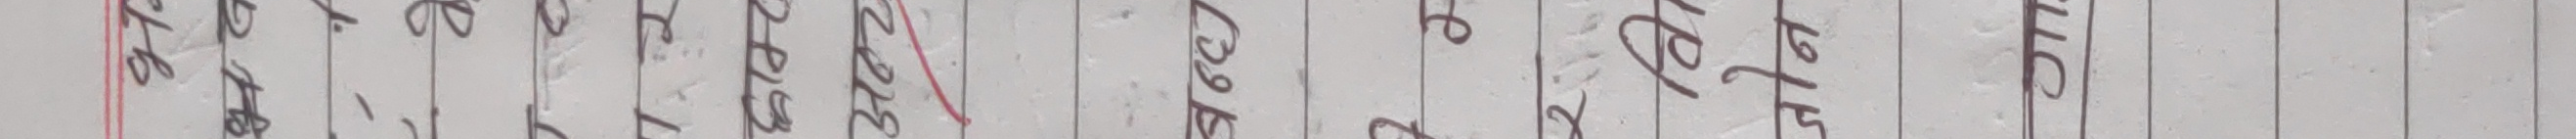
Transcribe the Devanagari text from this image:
लेखी